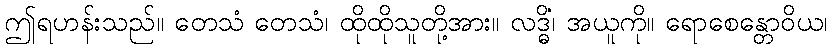
ဤရဟန်းသည်။ တေသံ တေသံ၊ ထိုထိုသူတို့အား။ လဒ္ဓိံ၊ အယူကို။ ရောစေန္တောဝိယ၊